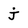
Character: j